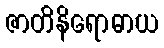
ဇာတိနိရောဓာယ